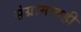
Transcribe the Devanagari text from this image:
संग्रामातही